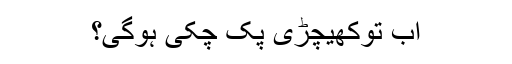
اب توکھیچڑی پک چکی ہوگی؟